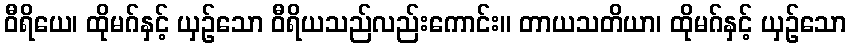
ဝီရိယေ၊ ထိုမဂ်နှင့် ယှဉ်သော ဝီရိယသည်လည်းကောင်း။ တာယသတိယာ၊ ထိုမဂ်နှင့် ယှဉ်သော